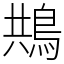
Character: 䳍